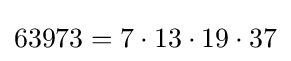
63973=7\cdot 13\cdot 19\cdot 37